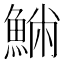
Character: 𩸁